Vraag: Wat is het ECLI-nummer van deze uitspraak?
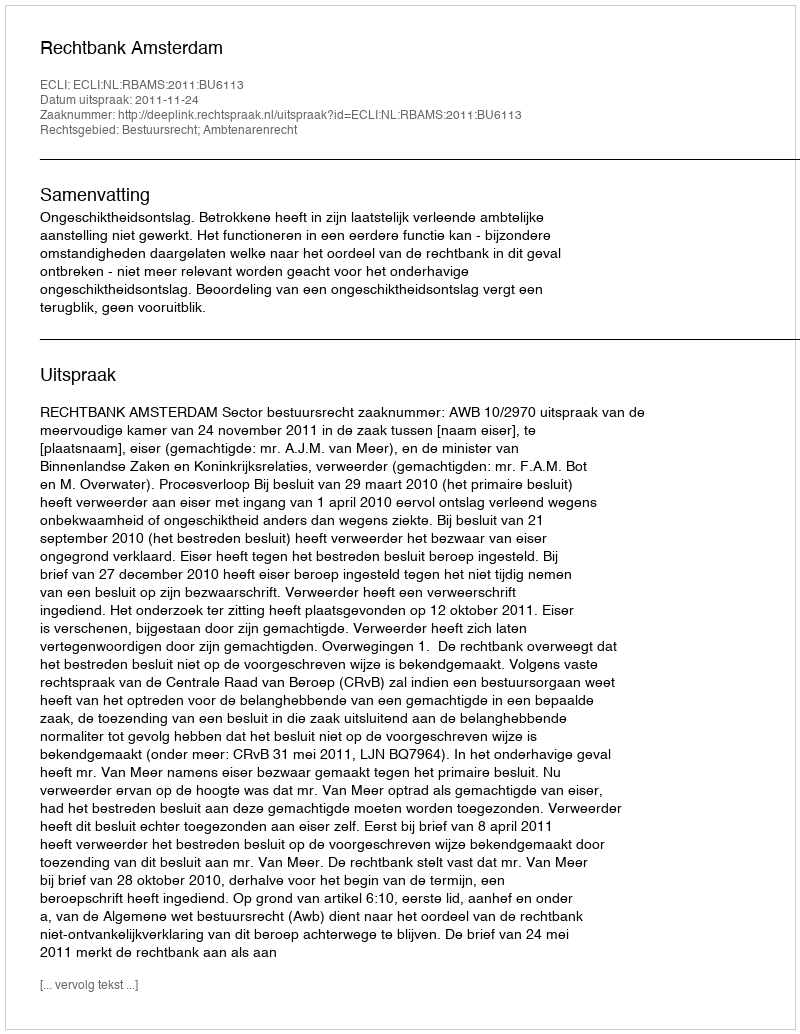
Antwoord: ECLI:NL:RBAMS:2011:BU6113